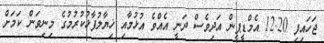
ޖަހައިފި 12.20 އެމްޑީޕީން އަދިވެސް ދަނީ އެއްވެ އުޅުމާއި ޚިޔާލުފާޅުކުރުމުގެ މިނިވަން ކަމަށް